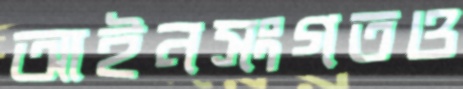
আইনসংগতও